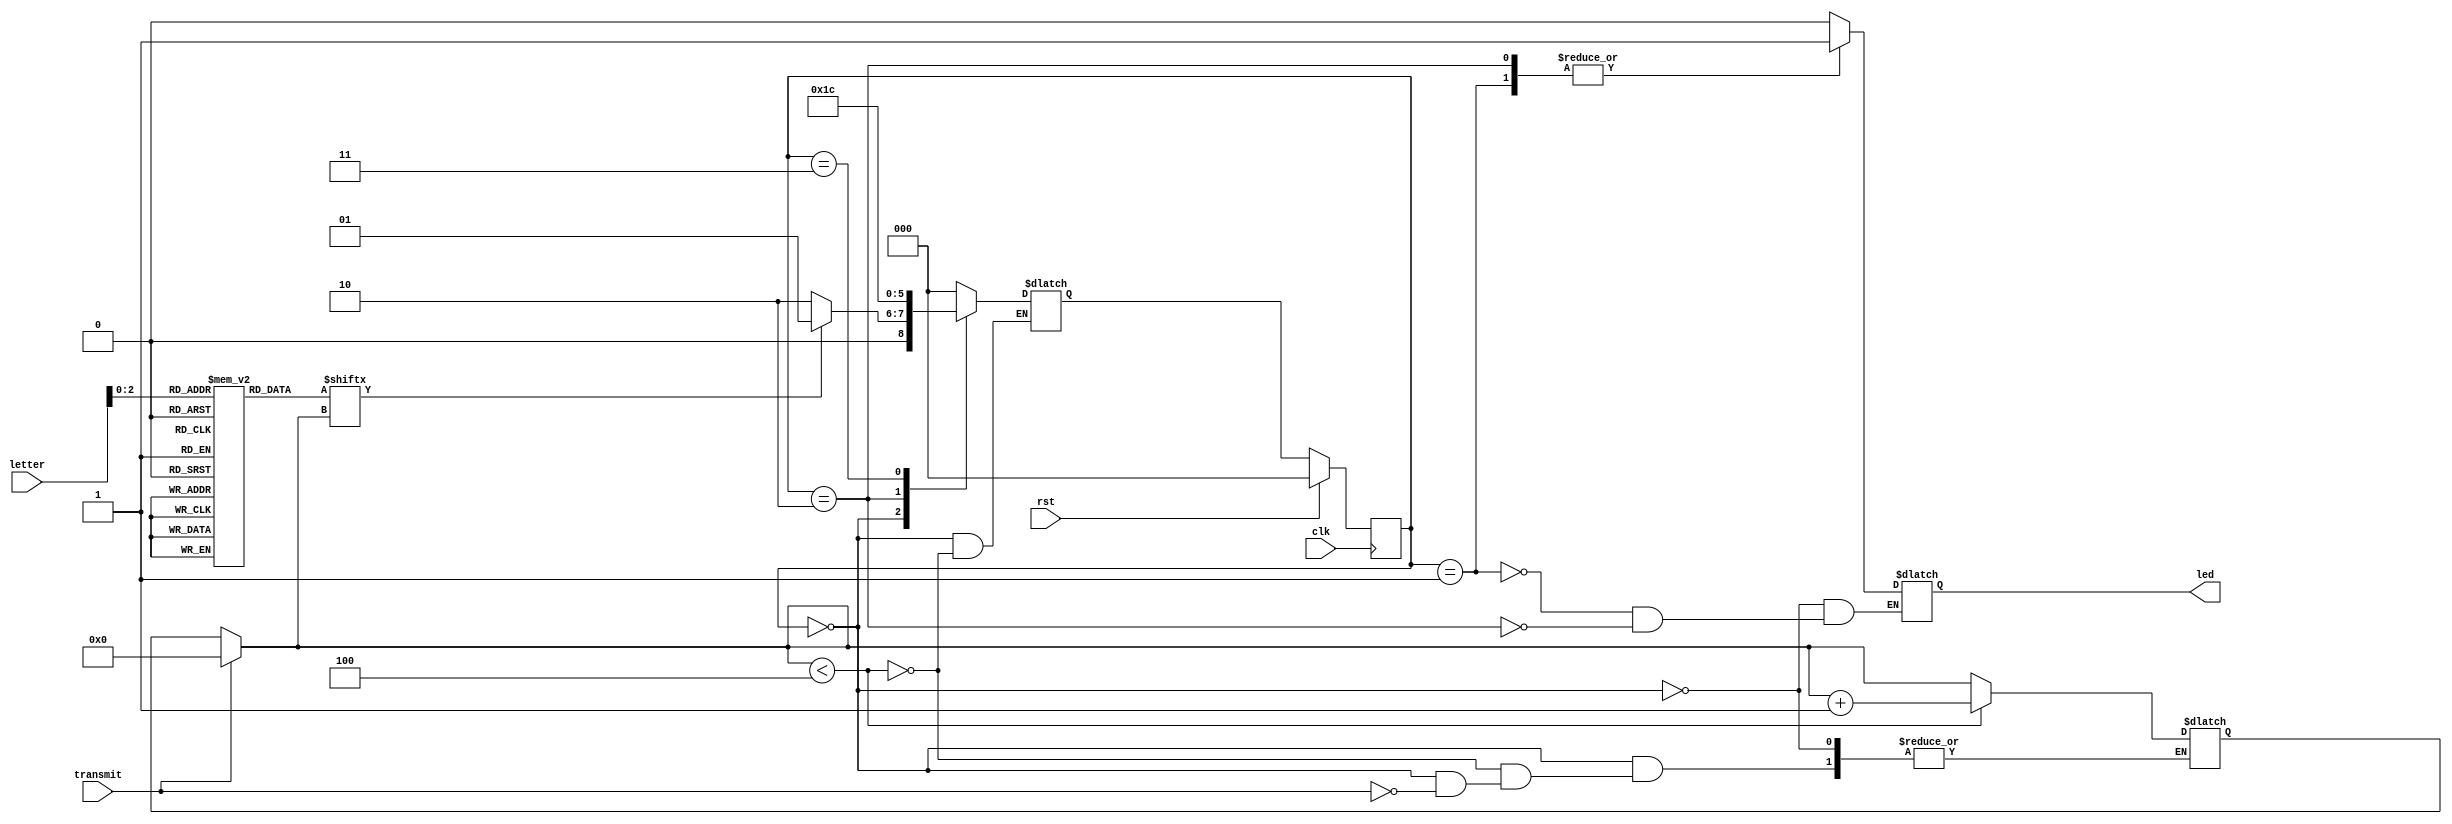
module top (
    input clk, rst, transmit,
    input [3:0] letter,
    output reg led
);

            /* FSM states */
    /* dot = 0.5s or 1 clock cycle */
    /* dash = 1.5s or 3 clock cycles */
    parameter IDLE_STATE = 3'b000; 
    parameter DOT_STATE = 3'b001; 
    parameter DASH_STATE_1 = 3'b010;
    parameter DASH_STATE_2 = 3'b011;
    parameter DASH_STATE_3 = 3'b100;

    /* current and next state */
    reg [2:0] c_state = IDLE_STATE;
    reg [2:0] n_state;
    
    /* letters encoding */
    parameter A = 4'b0000;
    parameter B = 4'b0001;
    parameter C = 4'b0010;
    parameter D = 4'b0011;
    parameter E = 4'b0100;
    parameter F = 4'b0101;
    parameter G = 4'b0110;
    parameter H = 4'b0111;
    
    /* dot = high, dash = low */
    parameter dot = 1'b1;
    parameter dash = 1'b0;

    /* keep track of how many bits we have transmitted */
    reg [3:0] bit_pos = 4;

    /* Morse code look up table */
    /* 8 letters (A-H) of size 4 bits */
    reg [3:0] morse_code [7:0];

    /* dot = 1 */
    /* dash = 0 */
    /* padding = z */
    initial begin
        morse_code[A] <= 4'bzz01;
        morse_code[B] <= 4'b1110;
        morse_code[C] <= 4'b1010;
        morse_code[D] <= 4'bz110;
        morse_code[E] <= 4'bzzz1;
        morse_code[F] <= 4'b1011;
        morse_code[G] <= 4'bz100;
        morse_code[H] <= 4'b1111;
    end

    always @ (c_state, transmit) begin

        case (c_state)

            /* handle idle state first */
            IDLE_STATE: begin
                led <= 0;

                if (transmit) bit_pos = 0;

                /* if bit pos is less than 4,
                handle each state appropriately */
                if (bit_pos < 4) begin
                    case (morse_code[letter][bit_pos])          // morse_code [0000][0000] -- first bit position of A [0][0]
                        dot:                                    // morse_code [0000][0001] -- second bit posotion of A [0][1]
                            n_state <= DOT_STATE;               // morse_code [0000][0010] -- third bit position of A [0][2]
                        dash:                                   // morse_code [0000][0011] -- fourth bit position of A [0][3]
                            n_state <= DASH_STATE_1;            
                        default:                                // morse_code [0001][0000] -- first bit posotion of B [1][0]
                            n_state <= IDLE_STATE;              // morse_code [0001][0001] -- second bit position of B [1][1]
                    endcase                                     // morse_code [0001][0010] -- third bit position of B [1][2]
                                                                // morse_code [0001][0011] -- fourth bit position of B [1][3]
                    /* increment the bit position */
                    bit_pos <= bit_pos + 1'b0001;
                end
            end

            /* stay on for 1 clock cycle
            go back to idle state */
            DOT_STATE: begin
                led <= 1;
                n_state <= IDLE_STATE;
            end

            /* stay on for 3 clock cycles
            go to next state */
            DASH_STATE_1: begin
                led <= 1;
                n_state <= DASH_STATE_2;
            end

            DASH_STATE_2: 
                n_state <= DASH_STATE_3;

            DASH_STATE_3:
                n_state <= IDLE_STATE;
            default: 
                n_state <= IDLE_STATE;
        endcase
    end

    always @(posedge clk) begin 
        if (rst)
            c_state <= IDLE_STATE;
        else
            c_state <= n_state;
    end

endmodule